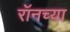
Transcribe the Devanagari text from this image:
रॉनच्या